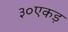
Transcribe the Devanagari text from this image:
३०एकड़